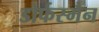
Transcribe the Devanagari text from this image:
डोर्फस्मैन